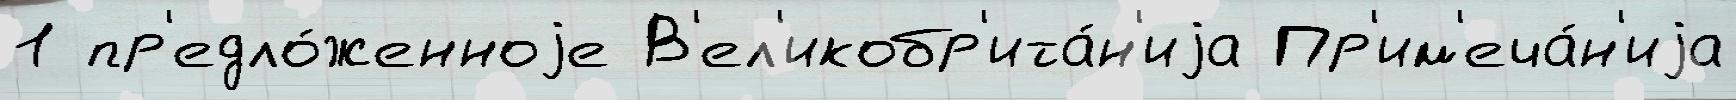
1 пр'едло́женноjе В'ел'икобр'ита́н'иjа Пр'им'еча́н'иjа